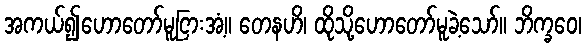
အကယ်၍ဟောတော်မူငြားအံ့။ တေနဟိ၊ ထိုသို့ဟောတော်မူခဲ့သော်။ ဘိက္ခဝေ၊